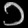
Digit: ၁